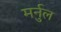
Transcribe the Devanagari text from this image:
मर्नुल